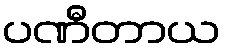
ပဏီတာယ